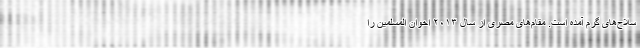
سلاح‌های گرم آمده است. مقام‌های مصری از سال ۲۰۱۳ اخوان المسلمین را